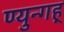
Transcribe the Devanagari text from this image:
ण्युन्गह्